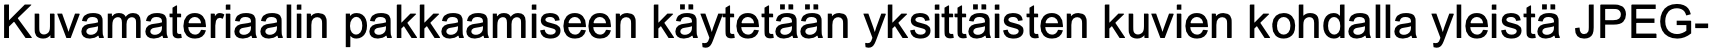
Kuvamateriaalin pakkaamiseen käytetään yksittäisten kuvien kohdalla yleistä JPEG-